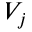
V _ { j }